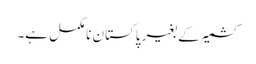
کشمیر کے بغیر پاکستان نامکمل ہے۔